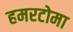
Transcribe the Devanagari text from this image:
हमरटोमा